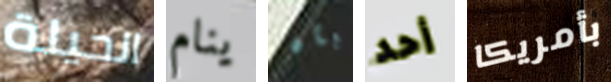
الحيلة ينام بأن أحد بأمريكا